Annual statistical returns and brief notes on vaccination in Bengal - 1909-1929
Year: 1909
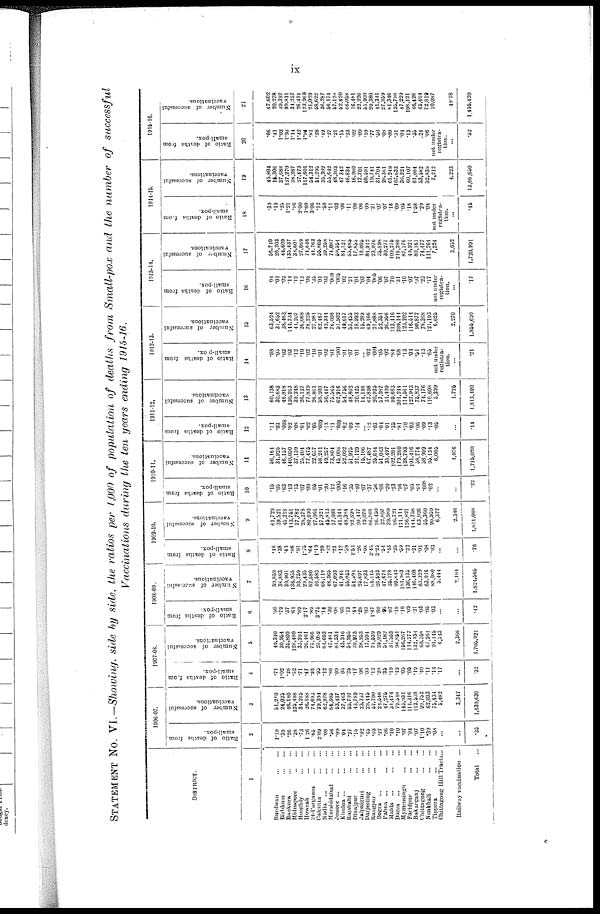
ix
STATEMENT No. VI.—Showing, side by side, the ratios per 1,000 of population of deaths from Small-pox and the number of successful
Vaccinations during the ten years ending 1915-16.
DISTRICT.
1
Burdwan
...
...
Birbhun
...
...
Bankura
...
...
Midnapore ... ...
Hooghly ... ...
Howrah ... ...
24-Parganas
...
...
Calcutta
...
...
Nadia
...
...
...
Murshidabad
...
...
Jessore
...
...
Khulna ...
...
...
Rajshahi
...
...
Dinajpur
...
...
Jalpaiguri
...
...
Darjeeling
...
...
Rangpur
...
...
Bogra ... ...
Pabna
...
...
...
Malda
...
...
...
Dacca ... ...
Mymensingh
...
...
Faridpur ... ...
Bakarganj ... ...
Chittagong
...
...
Noakhali
...
...
Tippera ... ...
Chittagoug Hill Tracts...
Railway vaccination ...
Total ...
1906-07.
Ratio of deaths from,
small-pox.
2
1.19
.39
.26
.38 .73
1. 26
.65
2.09
.08
.56
.09
.04
.27
.15
.02
.45
.03
.27
.06
.10
.10
.07
.04
.07
1.10
.39
.08
...
...
.35
Number of successful
vaccinations.
3
51,210
24,025
46,180
125,488
34,265
26,188
74,693
29,394
62,978
53,437
53,437
37,463
55,707
43,789
23,737
29,445
57,700
21,546
47,275
31,474
79,548
145,931
111,316
113,538
99,752
62,033
75,434
5,482
3,347
1,639,630
1907-08.
Ratio of deaths from
small-pox.
4
.71
1.02
.28
.52
.71
.47
.93
.95
.12
.86
.09
.05
.25
.17
.06
.03
.12
.28
.35
.19
.12
.05
.05
.19
.40
.11
.14
.17
...
.32
Number of successful
vaccinations.
5
49,340
30,954
35,800
128,480
33,291
26,401
75,966
25,082
64,693
47,481
64,534
43,316
54,955
39,973
28,253
17,594
74,539
25,929
51,182
31,353
96,851
156,267
114,277
132,134
60,368
67,264
91,445
6,543
2,366
1,705,921
1908-09.
Ratio of deaths from
small-pox.
6
.50
.79
.37
.61
.89
2.17
.89
3.75
.14
.30
.08
.05
.13
.44
.28
.03
1.47
.80
.95
.07
.18
.10
.09
.21
.03
.05
.03
...
...
.42
Number of stressful
vaccinations.
7
59,869
38,883
39,901
136,955
33,759
29,435
82,580
46,583
66,119
48,365
67,093
41,944
55,053
54,594
25,697
17,833
84, 415
26,523
47,674
35,178
99,843
181,983
136,135
146,408
63,329
63,016
88,080
5,444
2,184
1,824,565
1909-10.
Ratio of deaths from
small-pox.
8
.48
.38
.43
.86
.91
1.75
.64
1.19
.20
.32
.23
.12
.59
1.53
.26
.08
3.45
3.25
.54
.45
.35
.59
.22
.21
.01
.08
.03
...
...
.76
Number of successful
vaccinations.
9
61,729
39,521
45,218
113,751
37,782
28,378
80,690
27,066
57,924
45,813
77,088
41,344
48,384
92,698
20,417
19,076
86,501
26,450
32,897
39,989
96,721
171,114
126,821
144,758
63,926
55,360
90,959
6,377
2,346
1,811,088
1910-11.
Ratio of deaths from
small-pox.
10
.15
.05
.63
.13
.15
.07
.09
.05
01
.20
.12
005
.16
.35
.40
.07
.37
.56
.06
.20
.23
.96
07
.05
.01
.008
.02
...
...
.22
Number of successful
vaccinations.
11
56,164
31,925
46,157
140,050
37,139
25,404
77,475
22,657
58,241
49,257
73,804
45,006
52,092
51,975
21,129
15,106
67,487
25,644
51,043
35,497
102,201
179,280
128,793
101,416
58,774
58,999
95,134
6,005
1,076
1,715,020
1911-12.
Ratio of deaths from
small-pox.
12
.11
.03
.008
.02
.08
.01
.02
.05
.009
.13
.11
.008
.02
.09
.14
...
.12
.03
.04
.01
.35
.81
.10
.03
.06
.09
.13
.05
...
.14
Number of successful
vaccinations.
13
60,238
30,683
46,818
130,263
39,248
26,137
77,839
26,861
58,901
50,447
75,565
62,916
54,766
48,862
20,425
11,146
67,898
20,925
57,987
31,409
99,663
201,244
114,561
127,943
75,837
74,176
110,608
5,399
1,725
1,813,490
1912-13.
Ratio of deaths from
small-pox.
14
.08
.05
.02
.03
.12
.10
.02
.10
.01
.02
.01
.001
.01
.07
.01
...
02
.004
.05
.02
.84
.68
.13
.04
.51
.13
.65
not under
registra-
tion. ...
.21
Number of successful
vaccinations.
15
63,524
31,652
38,463
113,734
44,207
26,068
78,225
27,981
62,467
42,344
76,008
51,502
49,617
53,455
18,993
15,289
69,166
21,888
52,351
26,956
113,116
209,144
123,702
116,514
90,877
78,358
121,193
6,625
2,270
1,855,699
1913-14.
Ratio of deaths from
small-pox.
16
04
.01
.02
.14
.12
.13
.05
.36
.01
.03
.009
.005
.02
.21
.01
.03
.04
.005
.06
.07
.70
.31
.10
.07
.97
.23
.17
not under
registra-
tion. ...
.17
Number of successful
vaccinations.
17
56,740
26,203
44,609
135,437
38,601
27,069
74,646
44,763
55,865
39,258
74,087
59,554
84,121
55,685
17,855
18,005
84,912
23,076
35,898
30,277
100,275
216,280
87,176
49,921
80,161
74,477
111,764
7,224
3,052
1,720,991
1914-15.
Ratio of deaths from
small-pox.
18
.39
.19
.25
1.21
.96
2.00
1.60
3.06
.12
.58
.11
.03
.06
.11
.09
.06 .09
.21
.07
.07
.16
.09
.05
.18
1.58
.29
.04
not under
registra-
tion. ...
.45
Number of successful
vaccinations.
19
45,804
15,306
37,688
127,270
38,267 27,473
117,601
54,312
51,295 35,302
55,642 48,303
47,343
46,980
16,980
17,701
59,591
19,741
31,704
28,361 61,249
107,633
36,221 60,107
61,064
53,582
52,839
7,212
4,223
13,66,650
1915-16.
Ratio of deaths from
small-pox.
20
.66
.41
1.02
1.98
1.14
1.42
1.94 .81
.28
.49
.27
.21
.15
.23
.02
.09
.10
.77
.50
.08
.09
.31
.04
.13
.55
.21
.06
not under
legisla-
tion.
.52
Number of successful
vaccinations.
21
47,602
20,278
39,397
99,811
34,257
26,491
123,968
21,029
58,622 36,287
56,287
57,128
52,420
46,058
16,481
22,226
55,900
20,380
41,341
27,359 81,346
135,798
74,229 108,121
46,426
45,404
72,819
10,087
49.78
1,455,420